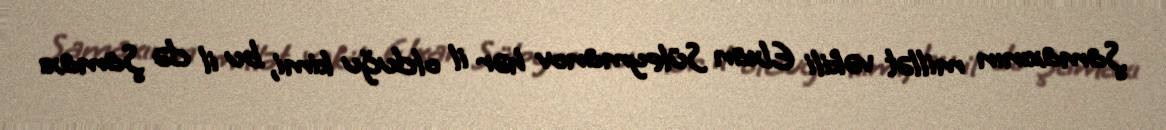
Şamaxının millət vəkili Elxan Süleymanov hər il olduğu kimi, bu il də Şamaxı